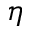
\eta